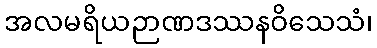
အလမရိယဉာဏဒဿနဝိသေသံ၊